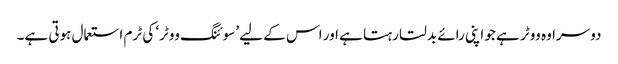
دوسرا وہ ووٹر ہے جو اپنی رائے بدلتا رہتا ہے اور اس کے لیے ’سوئنگ ووٹر‘ کی ٹرم استعمال ہوتی ہے۔